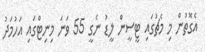
އެގޮތުން މި މެޗުގައި ޓީސީން ލީޑު ނެގީ 55 ވަނަ މިނިޓްގައި އަހުމަދު